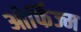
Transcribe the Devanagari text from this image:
ओर्फिज्म